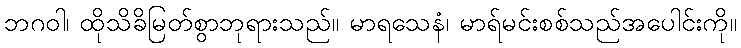
ဘဂဝါ၊ ထိုသိခိမြတ်စွာဘုရားသည်။ မာရသေနံ၊ မာရ်မင်းစစ်သည်အပေါင်းကို။